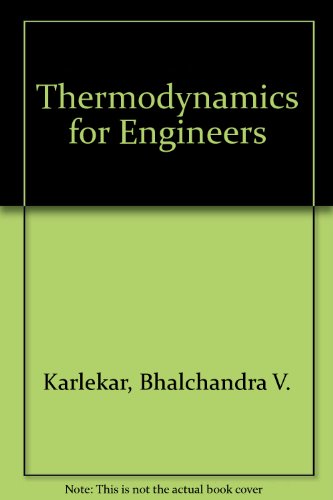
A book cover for Thermodynamics for Engineers; Bhalchandra V. Karlekar; Science & Math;